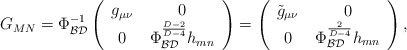
\begin{align*}G_{MN}=\Phi_{\cal BD}^{-1}\left(\begin{array}{cc} g_{\mu\nu}& \, 0 \\ 0 & \,\Phi_{\cal BD}^{\frac{D-2}{D-4}}h_{mn}\end{array}\right)=\left(\begin{array}{cc} \tilde{g}_{\mu\nu}& \, 0 \\ 0 & \,\Phi_{\cal BD}^{\frac{2}{D-4}}h_{mn}\end{array}\right),\end{align*}